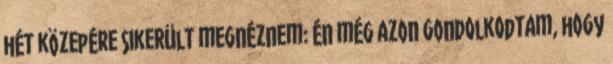
hét közepére sikerült megnéznem: Én még azon gondolkodtam, hogy